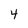
Character: 4